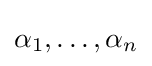
\alpha _{1},\ldots ,\alpha _{n}